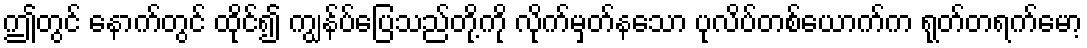
ဤတွင် နောက်တွင် ထိုင်၍ ကျွန်ပ်ပြေသည်တို့ကို လိုက်မှတ်နသော ပုလိပ်တစ်ယောက်က ရုတ်တရက်မော့